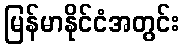
မြန်မာနိုင်ငံအတွင်း